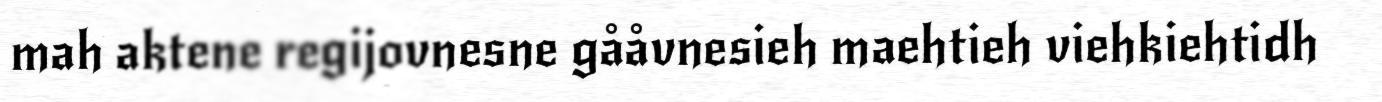
mah aktene regijovnesne gååvnesieh maehtieh viehkiehtidh